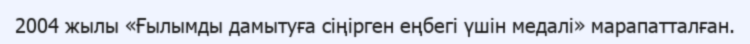
2004 жылы «Ғылымды дамытуға сіңірген еңбегі үшін медалі» марапатталған.